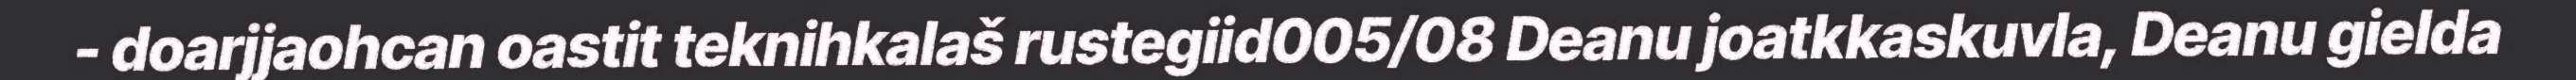
- doarjjaohcan oastit teknihkalaš rustegiid005/08 Deanu joatkkaskuvla, Deanu gielda